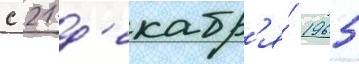
с 21 д'екабр'я́ 1965